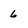
Character: 6